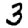
Digit: 3